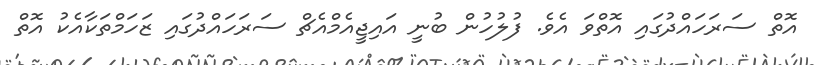
އޮތް ސަރަހައްދުގައި އޮތްވަ އެވެ. ފުލުހުން ބުނީ އައިޖީއެމްއެޗް ސަރަހައްދުގައި ޒަހަމްތަކާއެކު އޮތް